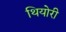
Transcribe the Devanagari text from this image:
थियोरी